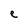
Character: e